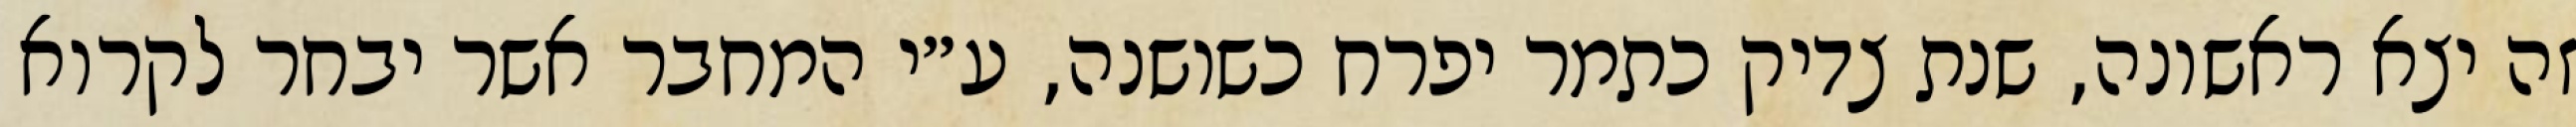
זה יצא ראשונה, שנת צדיק כתמר יפרח כשושנה, ע״י המחבר אשר יבחר לקרוא